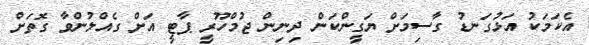
އެކަމަކު އަޅުގަނޑު ގާސިމަށް ޔަގީންކަން ދިނިން ޖުމްހޫރީ ޕާޓީ އަށް ގެއްލުންވާ ގޮތަށް